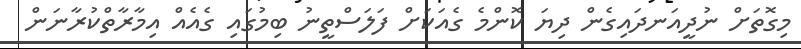
މިގޮތަށް ނުދީއަނދައިގެން ދިޔަ ކޮންމެ ގެއަކަށް ފަލަސްތީނު ބިމުގައި ގެއެއް އިމާރާތްކުރާނަން